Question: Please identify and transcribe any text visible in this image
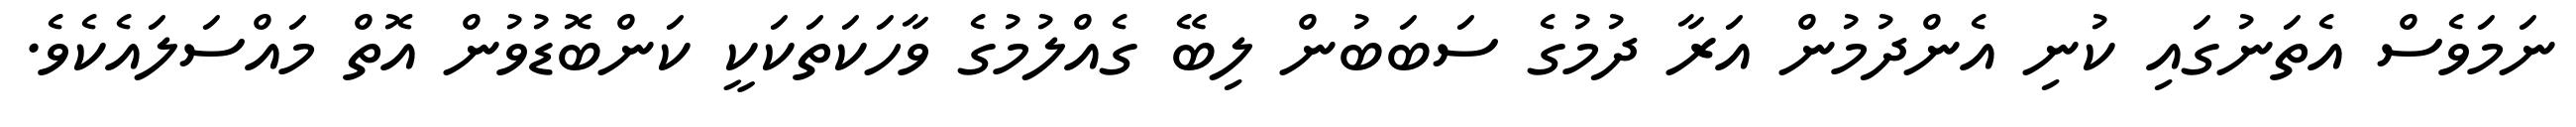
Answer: ނަމަވެސް އެތަނުގައި ކުނި އެންދުމުން އަރާ ދުމުގެ ސަބަބުން ލިބޭ ގެއްލުމުގެ ވާހަކަތަކަކީ ކަންބޮޑުވުން އޮތް މައްސަލައެކެވެ.